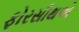
ફોરસીથએ